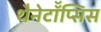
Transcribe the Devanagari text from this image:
थैनेटॉॅप्सिस